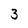
Character: 3